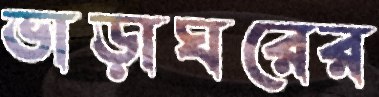
ভাড়াঘরের